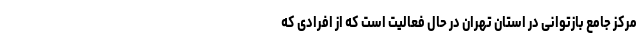
مرکز جامع بازتوانی در استان تهران در حال فعالیت است که از افرادی که